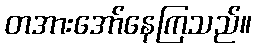
တအားအော်နေကြသည်။